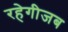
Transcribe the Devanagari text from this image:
रहेगीजब